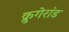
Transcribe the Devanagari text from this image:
क्रुगेरांड